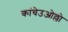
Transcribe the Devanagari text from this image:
कांचेउओल्लो